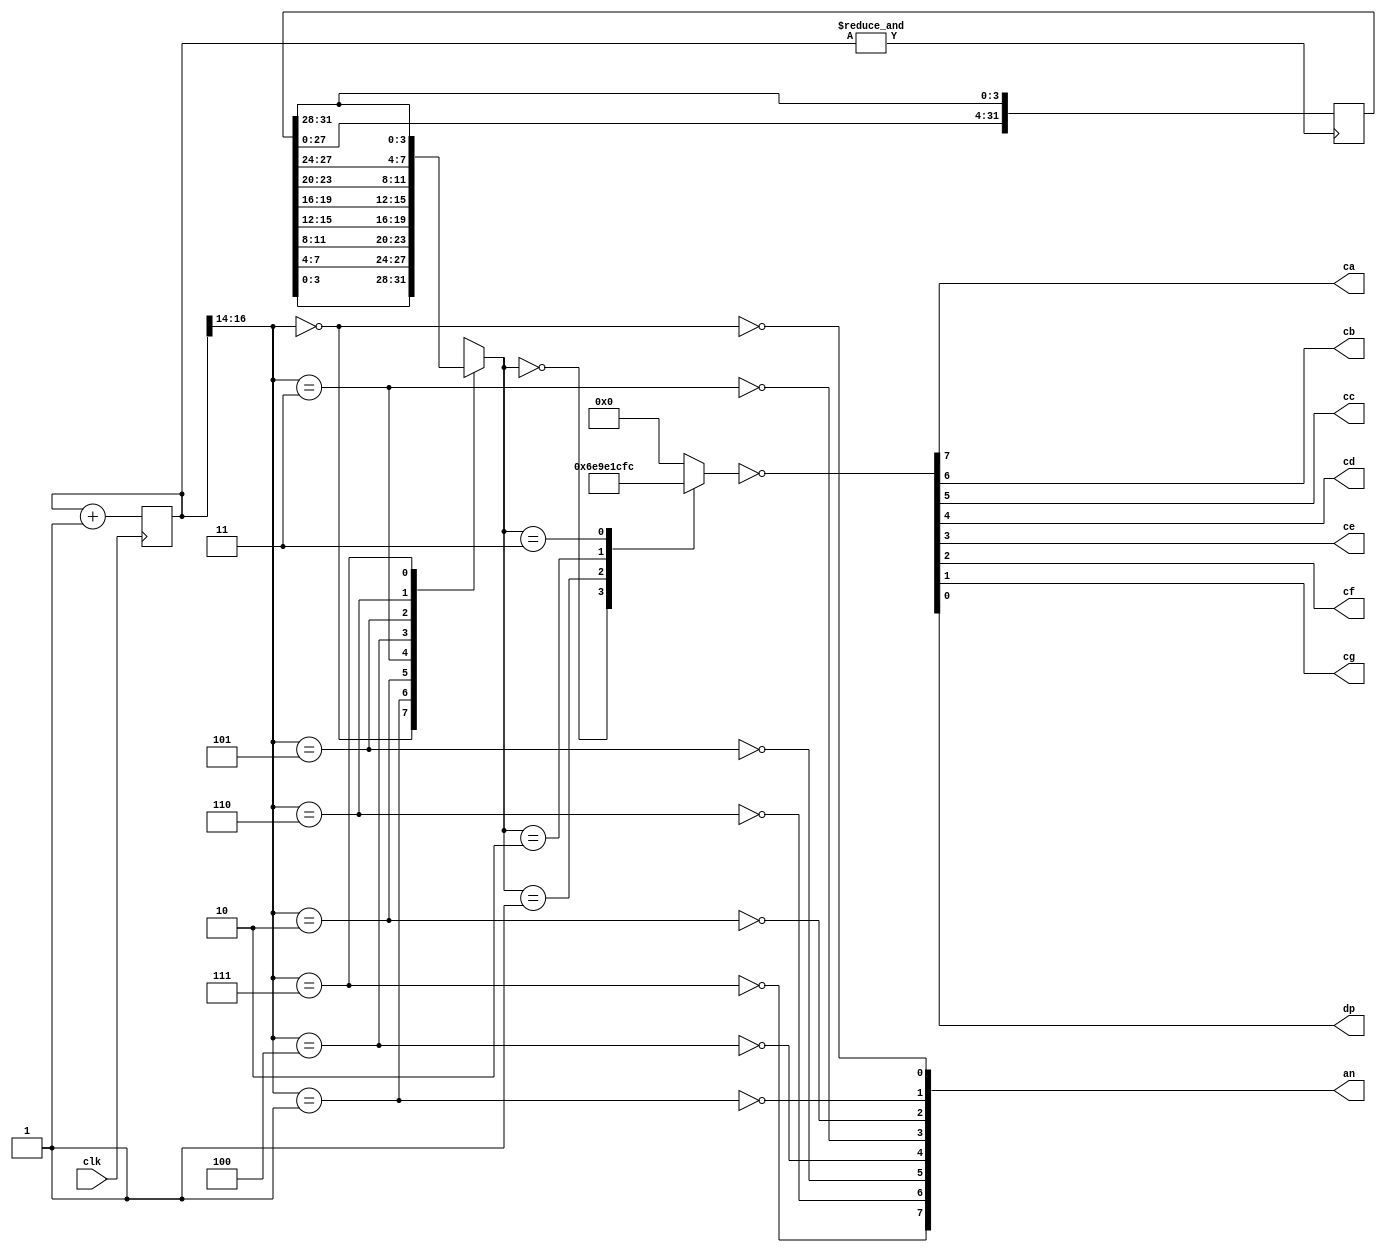
`timescale 1ns / 1ps
//////////////////////////////////////////////////////////////////////////////////
// Company: 
// Engineer: 
// 
// Design Name: 
// Module Name: labH_part2
// Project Name: 
// Target Devices: 
// Tool Versions: 
// Description: 
// 
// Dependencies: 
// 
// Revision:
// Revision 0.01 - File Created
// Additional Comments:
// 
//////////////////////////////////////////////////////////////////////////////////


module labH_part2(
    input clk,
    output ca, cb, cc, cd, ce, cf, cg, dp,
    output [7:0] an 
    );
    
    reg [25:0] cnt; //26 bit counter
    
    always @(posedge clk)
        cnt<=cnt+26'h1;
        wire cntovrfl = &cnt;
        
    //Initial condition to display "HELLO"
    reg [8*4-1:0] BCL;
    initial
        begin
            BCL[ 3: 0] = 4'h3;  //0
            BCL[ 7: 4] = 4'h2;  //L
            BCL[11: 8] = 4'h2;  //L
            BCL[15:12] = 4'h1;  //E
            BCL[19:16] = 4'h0;  //H
            BCL[23:20] = 4'h4;  //
            BCL[27:24] = 4'h4;  //
            BCL[31:28] = 4'h4;  //
        end
        
     //Move letters through display
     /*
     Width of counter changes frequency of count overflow. 
     Wider width updates values slower. 
     */
     always @(posedge cntovrfl)
        begin
            BCL[ 3: 0] <= BCL[31:28];  
            BCL[ 7: 4] <= BCL[ 3: 0]; 
            BCL[11: 8] <= BCL[ 7: 4];  
            BCL[15:12] <= BCL[11: 8];  
            BCL[19:16] <= BCL[15:12];  
            BCL[23:20] <= BCL[19:16];  
            BCL[27:24] <= BCL[23:20];  
            BCL[31:28] <= BCL[27:24];  
        end
    
      // anode driver
      /*
      So where you wire digitScan to counter changes how fast the anode driver
      cycles through each anode. More significant bits means anodes are cycled through slower.
      Less significant bits means anode cycle through faster. Note - if you set too fast, anode 
      will cycle through faster than values can be updated so display will behave incorrectly.
      */
    wire [2:0] digitScan = cnt[16:14]; //changing this timing changes the display behavior
    
    assign an[0] = ~(digitScan==3'h0); 
    assign an[1] = ~(digitScan==3'h1);
    assign an[2] = ~(digitScan==3'h2);
    assign an[3] = ~(digitScan==3'h3);
    assign an[4] = ~(digitScan==3'h4);
    assign an[5] = ~(digitScan==3'h5);
    assign an[6] = ~(digitScan==3'h6);
    assign an[7] = ~(digitScan==3'h7);
    
    //multiplexer
    reg [3:0] BCLdigit;
    always @(*)
        case(digitScan)
            3'd0: BCLdigit = BCL[ 3: 0];
            3'd1: BCLdigit = BCL[ 7: 4];
            3'd2: BCLdigit = BCL[11: 8];
            3'd3: BCLdigit = BCL[15:12];
            3'd4: BCLdigit = BCL[19:16];
            3'd5: BCLdigit = BCL[23:20];
            3'd6: BCLdigit = BCL[27:24];
            3'd7: BCLdigit = BCL[31:28];
        endcase
        
    //7-segment decoder to letter
    reg [7:0] sevenseg;
    always@(*)
        case(BCLdigit)
            4'h0: sevenseg = 8'b01101110;   //"H"
            4'h1: sevenseg = 8'b10011110;   //"E"
            4'h2: sevenseg = 8'b00011100;   //"L"
            4'h3: sevenseg = 8'b11111100;   //"0"
            4'h4: sevenseg = 8'b00000000;   //""
            default: sevenseg = 8'b00000000;       //""
        endcase
    
    assign {ca, cb, cc, cd, ce, cf, cg, dp} = ~sevenseg;
    
endmodule